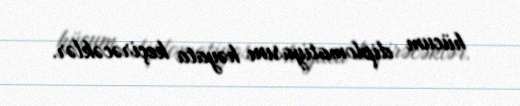
hücum diplomatiyasını həyata keçirəcəklər.